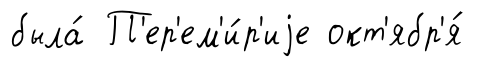
была́ П'ер'ем'и́р'иjе окт'ябр'я́